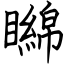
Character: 矊